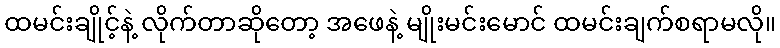
ထမင်းချိုင့်နဲ့ လိုက်တာဆိုတော့ အဖေနဲ့ မျိုးမင်းမောင် ထမင်းချက်စရာမလို။